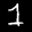
Label: 1